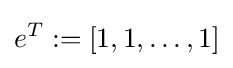
e^{T}:=[1,1,\ldots ,1]